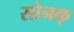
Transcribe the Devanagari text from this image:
सोनक्